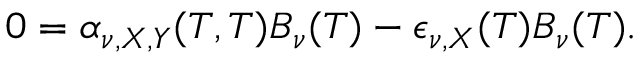
0 = \alpha _ { \nu , X , Y } ( T , T ) B _ { \nu } ( T ) - \epsilon _ { \nu , X } ( T ) B _ { \nu } ( T ) .